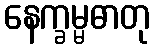
နေက္ခမ္မဓာတု